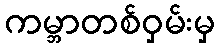
ကမ္ဘာတစ်ဝှမ်းမှ